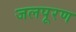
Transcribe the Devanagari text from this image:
जलपूरण